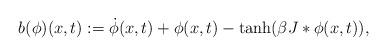
LaTeX: \begin{align*}b(\phi)(x,t):=\dot{\phi}(x,t)+\phi(x,t)-\tanh(\beta J\ast\phi(x,t)),\end{align*}